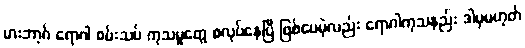
မားဘာ့ဂ် ရောဂါ စမ်းသပ် ကုသမှုတွေ စလုပ်နေပြီ ဖြစ်ပေမဲ့လည်း ရောဂါကုသနည်း ဒါမှမဟုတ်